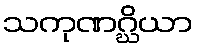
သကုဏဂ္ဃိယာ